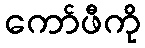
ကော်ဖီကို